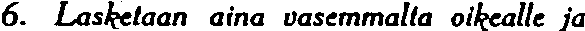
6. Lasketaan aina vasemmaltla oikealle ja